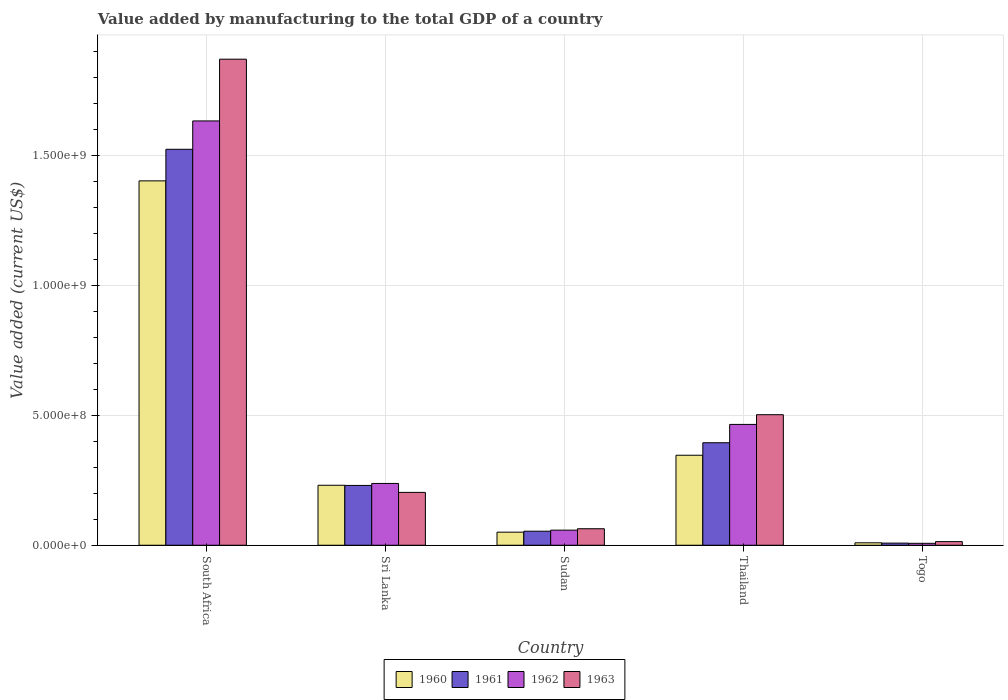
| Country | 1960 | 1961 | 1962 | 1963 |
 | --- | --- | --- | --- | --- |
 | South Africa | 1.4e+09 | 1.52e+09 | 1.63e+09 | 1.87e+09 |
 | Sri Lanka | 2.31e+08 | 2.3e+08 | 2.38e+08 | 2.03e+08 |
 | Sudan | 5.03e+07 | 5.4e+07 | 5.8e+07 | 6.35e+07 |
 | Thailand | 3.46e+08 | 3.94e+08 | 4.65e+08 | 5.02e+08 |
 | Togo | 9.38e+06 | 8.15e+06 | 7.35e+06 | 1.39e+07 |